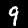
Label: 9